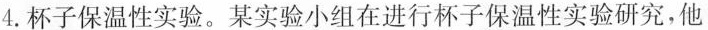
4.杯子保温性实验。某实验小组在进行杯子保温性实验研究，他